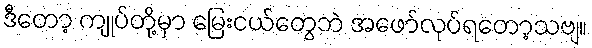
ဒီတော့ ကျုပ်တို့မှာ မြေးငယ်တွေဘဲ အဖော်လုပ်ရတော့သဗျ။